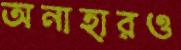
অনাহারও